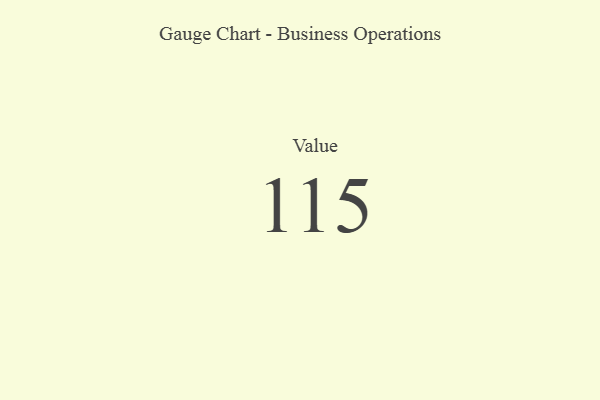
{"axis": {"x": "Metric", "y": "Value"}, "legend": [""], "data": [{"x": "Value", "y": 115, "type": ""}]}